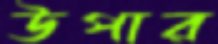
উপার